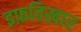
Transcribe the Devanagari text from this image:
इफ़तिखार